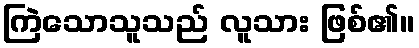
ကြဲသောသူသည် လူသား ဖြစ်၏။